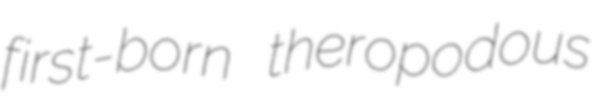
first-born theropodous